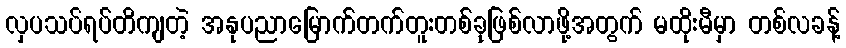
လှပသပ်ရပ်တိကျတဲ့ အနုပညာမြောက်တက်တူးတစ်ခုဖြစ်လာဖို့အတွက် မထိုးမီမှာ တစ်လခန့်